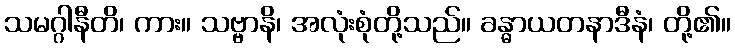
သမဂ္ဂါနီတိ၊ ကား။ သဗ္ဗာနိ၊ အလုံးစုံတို့သည်။ ခန္ဓာယတနာဒီနံ၊ တို့၏။